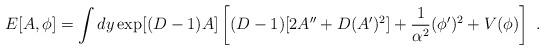
LaTeX: \begin{align*}E[A,\phi]=\int dy \exp[(D-1)A]\left[(D-1)[2A^{\prime\prime}+D(A^\prime)^2] +{1\over \alpha^2}(\phi^\prime)^2 +V(\phi)\right]~.\end{align*}